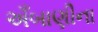
અઁબાણીના